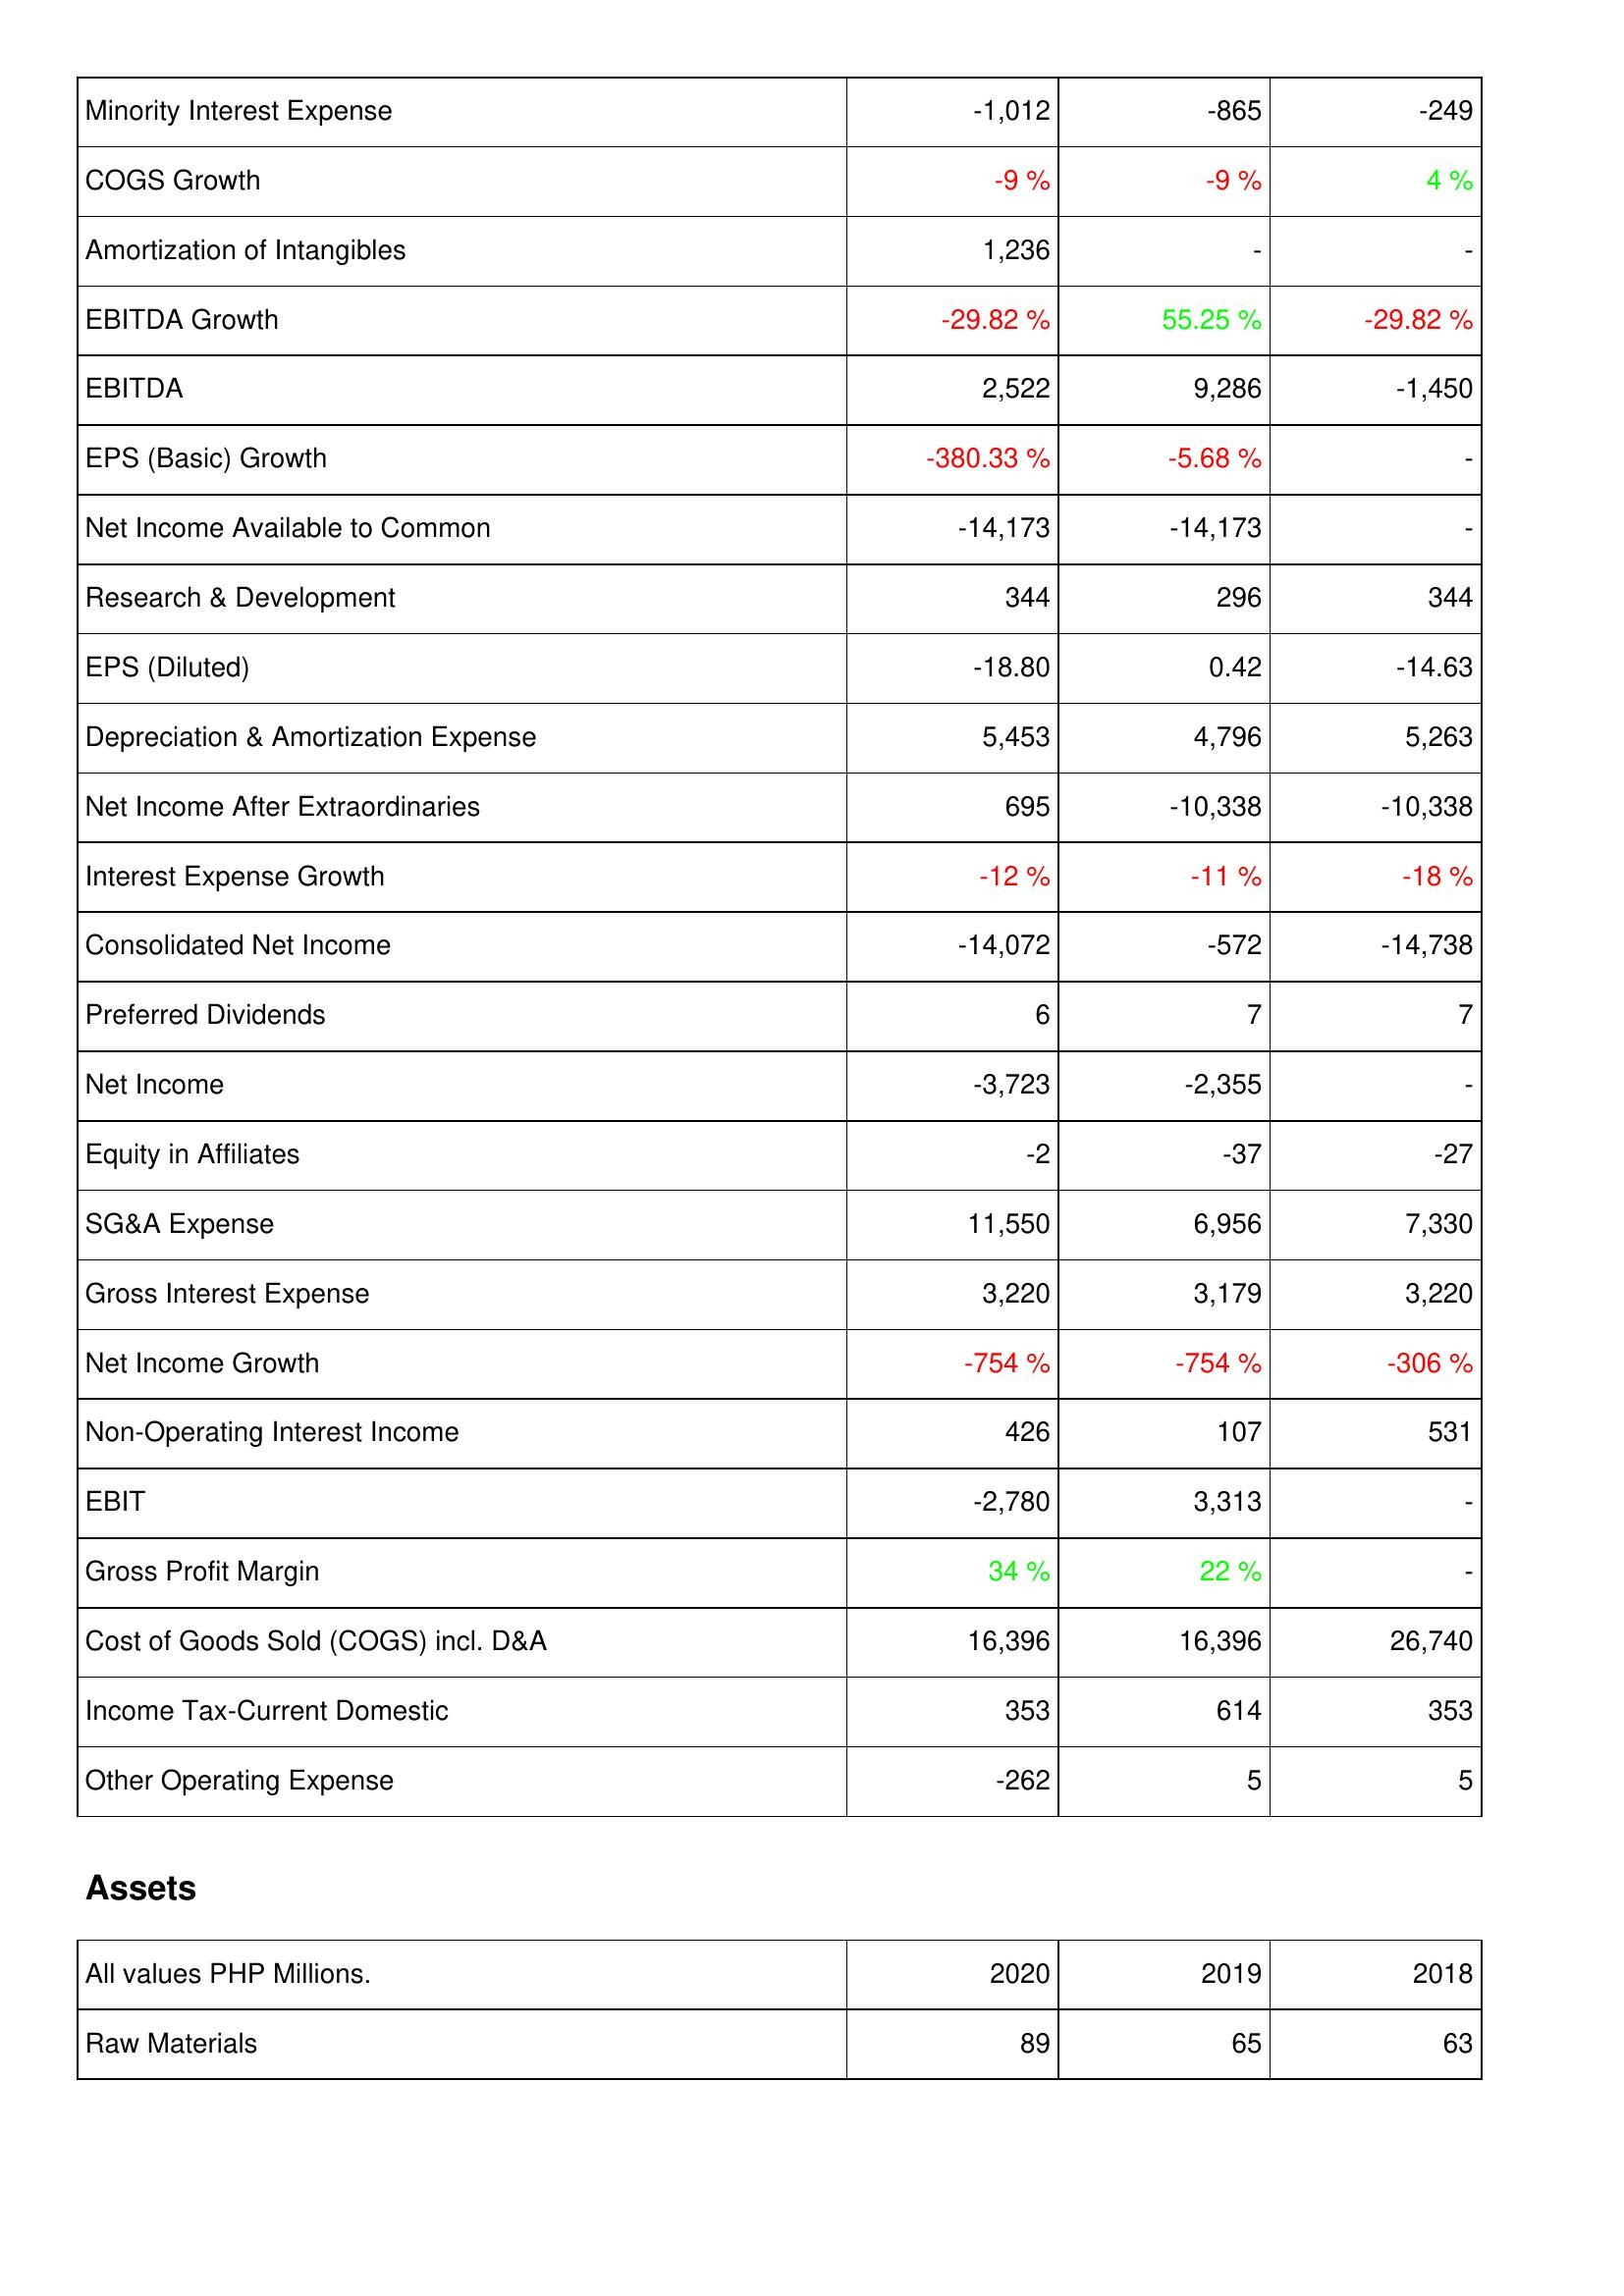
2020: Income Statement: Minority Interest Expense: -1,012
COGS Growth: -9 %
Amortization of Intangibles: 1,236
EBITDA Growth: -29.82 %
EBITDA: 2,522
EPS (Basic) Growth: -380.33 %
Net Income Available to Common: -14,173
Research & Development: 344
EPS (Diluted): -18.80
Depreciation & Amortization Expense: 5,453
Net Income After Extraordinaries: 695
Interest Expense Growth: -12 %
Consolidated Net Income: -14,072
Preferred Dividends: 6
Net Income: -3,723
Equity in Affiliates: -2
SG&A Expense: 11,550
Gross Interest Expense: 3,220
Net Income Growth: -754 %
Non-Operating Interest Income: 426
EBIT: -2,780
Gross Profit Margin: 34 %
Cost of Goods Sold (COGS) incl. D&A: 16,396
Income Tax-Current Domestic: 353
Other Operating Expense: -262
Assets: Raw Materials: 89
2019: Income Statement: Minority Interest Expense: -865
COGS Growth: -9 %
Amortization of Intangibles: -
EBITDA Growth: 55.25 %
EBITDA: 9,286
EPS (Basic) Growth: -5.68 %
Net Income Available to Common: -14,173
Research & Development: 296
EPS (Diluted): 0.42
Depreciation & Amortization Expense: 4,796
Net Income After Extraordinaries: -10,338
Interest Expense Growth: -11 %
Consolidated Net Income: -572
Preferred Dividends: 7
Net Income: -2,355
Equity in Affiliates: -37
SG&A Expense: 6,956
Gross Interest Expense: 3,179
Net Income Growth: -754 %
Non-Operating Interest Income: 107
EBIT: 3,313
Gross Profit Margin: 22 %
Cost of Goods Sold (COGS) incl. D&A: 16,396
Income Tax-Current Domestic: 614
Other Operating Expense: 5
Assets: Raw Materials: 65
2018: Income Statement: Minority Interest Expense: -249
COGS Growth: 4 %
Amortization of Intangibles: -
EBITDA Growth: -29.82 %
EBITDA: -1,450
EPS (Basic) Growth: -
Net Income Available to Common: -
Research & Development: 344
EPS (Diluted): -14.63
Depreciation & Amortization Expense: 5,263
Net Income After Extraordinaries: -10,338
Interest Expense Growth: -18 %
Consolidated Net Income: -14,738
Preferred Dividends: 7
Net Income: -
Equity in Affiliates: -27
SG&A Expense: 7,330
Gross Interest Expense: 3,220
Net Income Growth: -306 %
Non-Operating Interest Income: 531
EBIT: -
Gross Profit Margin: -
Cost of Goods Sold (COGS) incl. D&A: 26,740
Income Tax-Current Domestic: 353
Other Operating Expense: 5
Assets: Raw Materials: 63